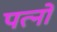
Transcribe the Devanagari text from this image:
पत्नों